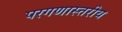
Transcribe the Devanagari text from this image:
परगणास्तरीय